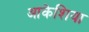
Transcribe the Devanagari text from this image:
आकेशिया